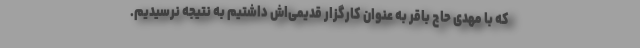
که با مهدی حاج باقر به عنوان کارگزار قدیمی‌اش داشتیم به نتیجه نرسیدیم.